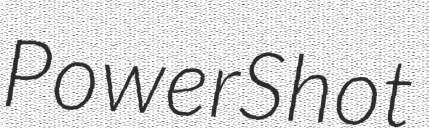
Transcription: PowerShot